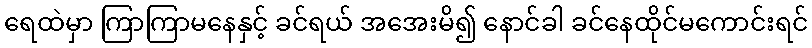
ရေထဲမှာ ကြာကြာမနေနှင့် ခင်ရယ် အအေးမိ၍ နောင်ခါ ခင်နေထိုင်မကောင်းရင်